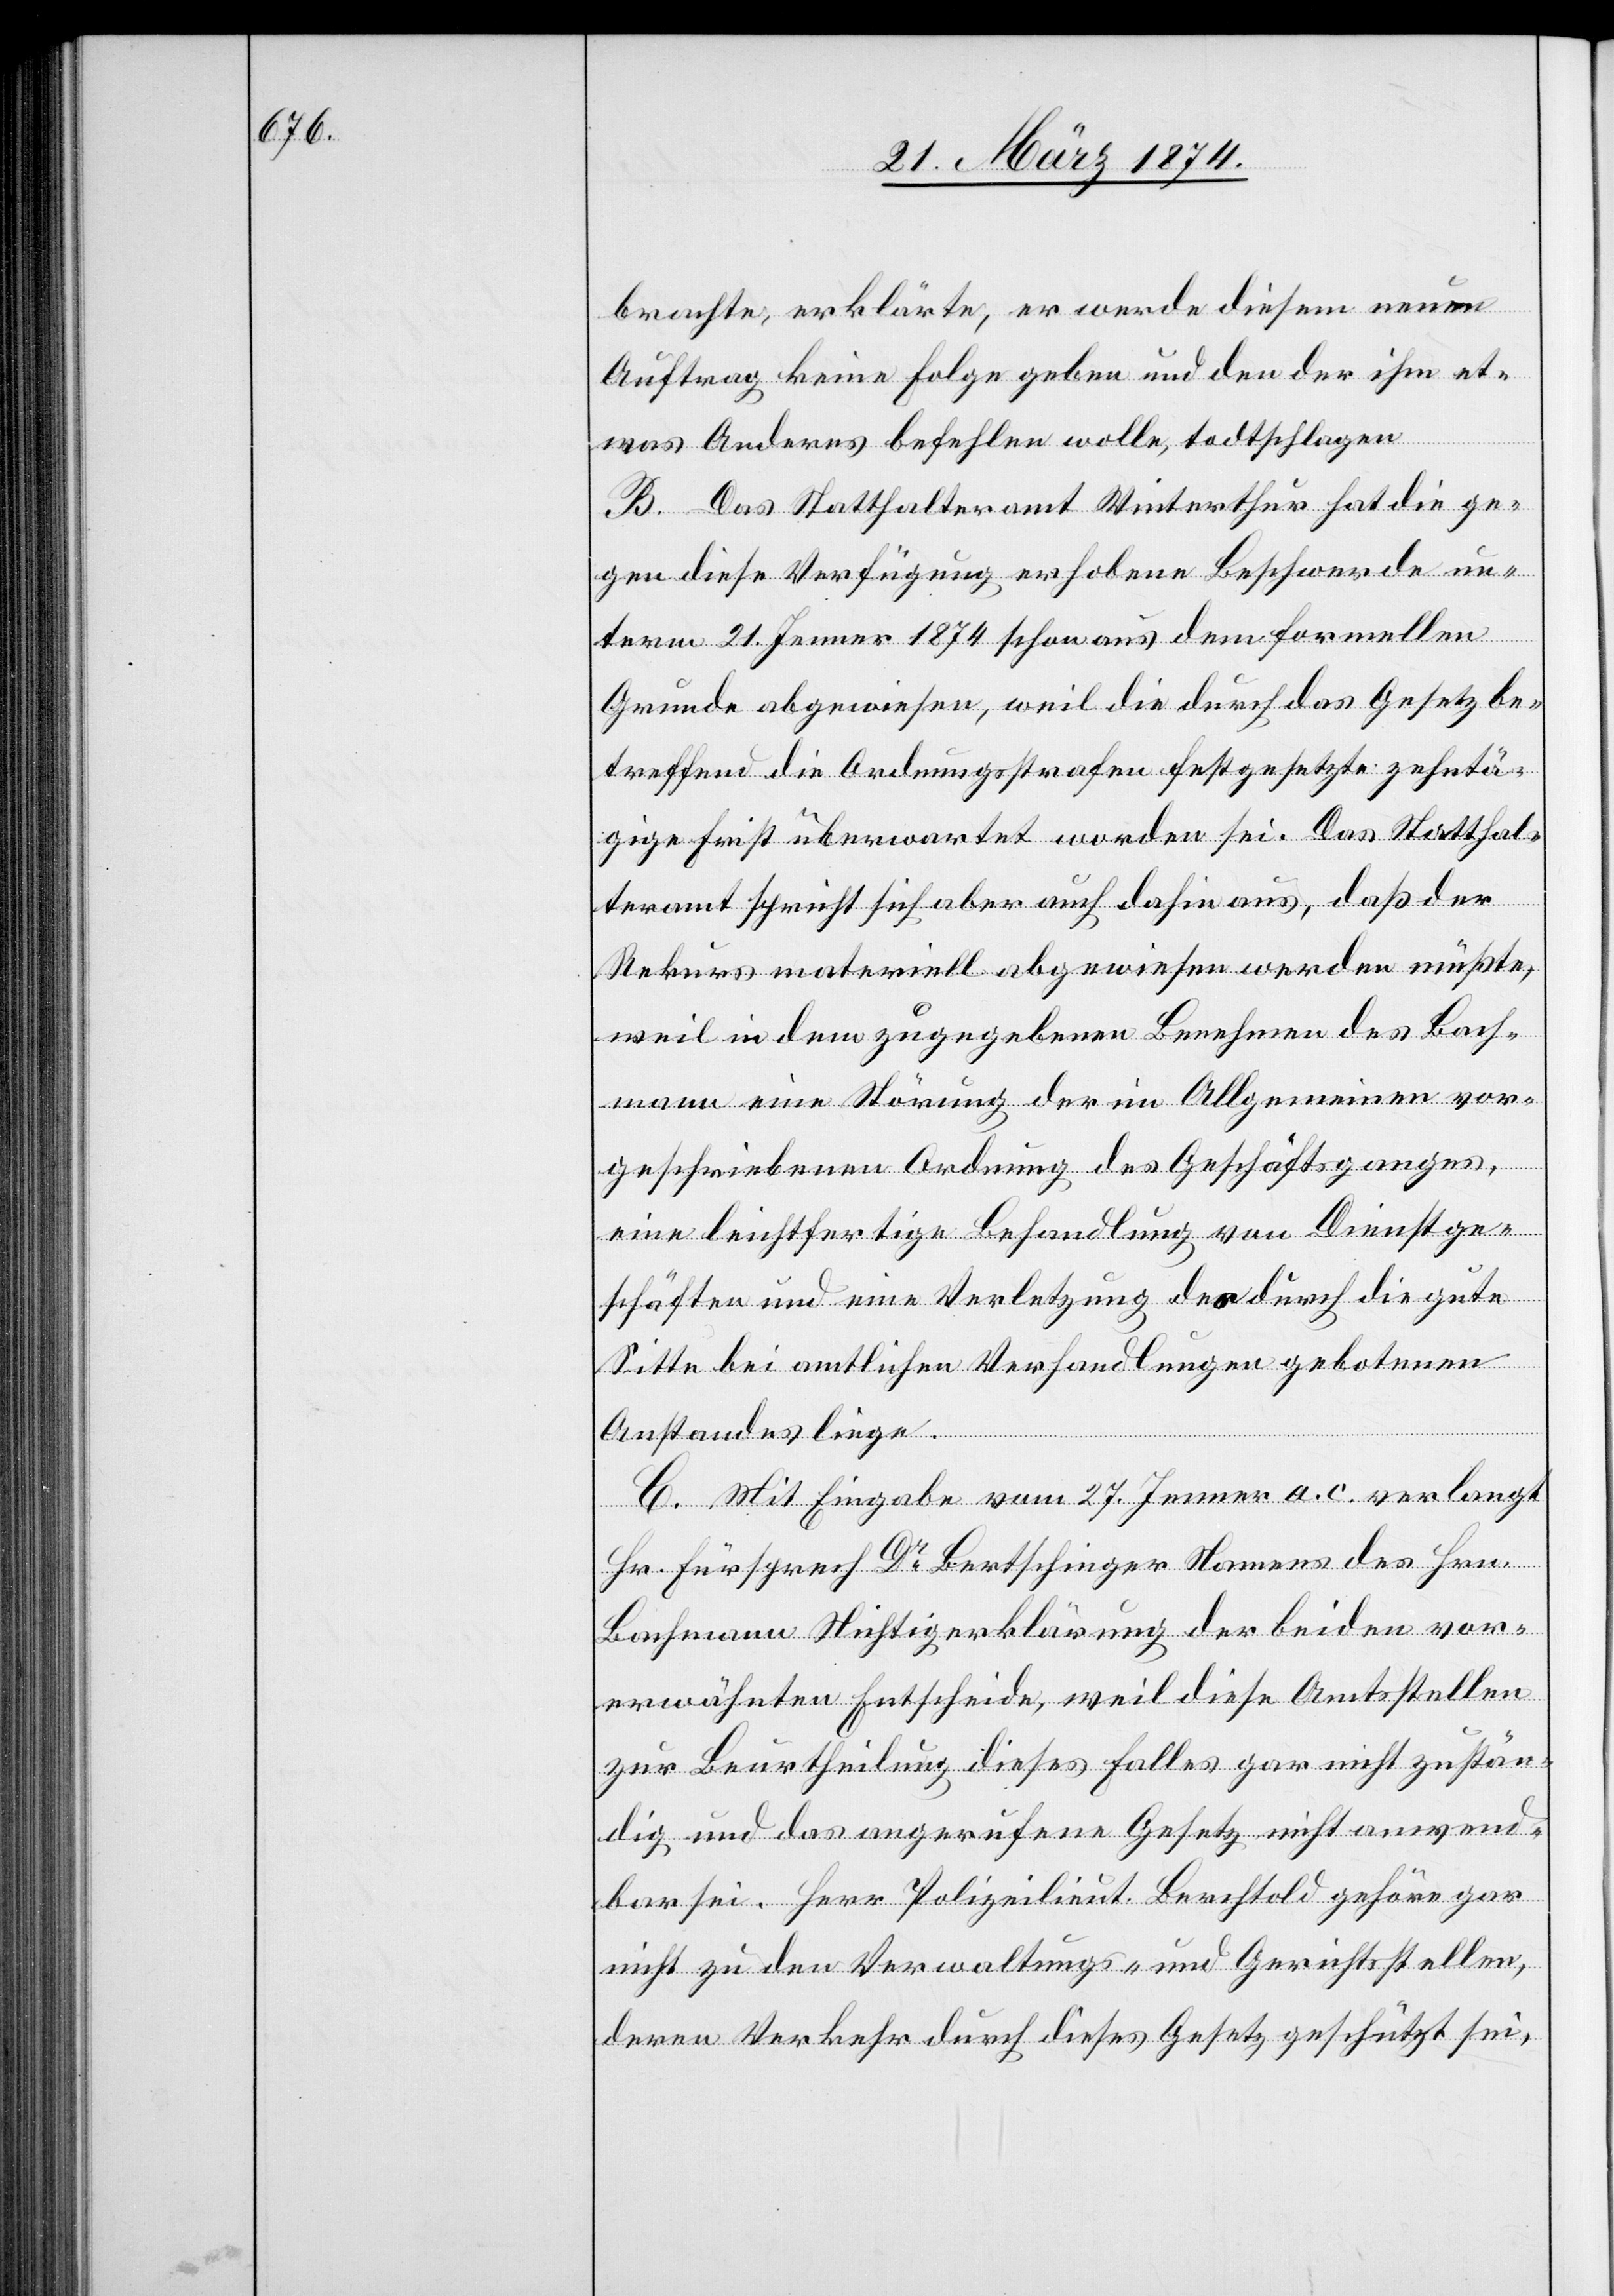
brachte, erklärte, er werde diesem neuen
Auftrag keine Folge geben und den der ihm et¬
was Anderes befehlen wolle, todtschlagen.
B. Das Statthalteramt Winterthur hat die ge¬
gen diese Verfügung erhobene Beschwerde un¬
term 21. Jenner 1874 schon aus dem formellen
Grunde abgewiesen, weil die durch das Gesetz be¬
treffend die Ordnungsstrafen festgesetzte zehntä¬
gige Frist überwartet worden sei. Das Statthal¬
teramt spricht sich aber auch dahin aus, daß der
Rekurs materiell abgewiesen werden müßte,
weil in dem zugegebenen Benehmen des Bach¬
mann eine Störung der im Allgemeinen vor¬
geschriebenen Ordnung des Geschäftsganges
eine leichtfertige Behandlung von Dienstge¬
schäften und eine Verletzung des durch die gute
Sitte bei amtlichen Verhandlungen gebotenen
Anstandes liege.
C. Mit Eingabe vom 27. Jenner a. c. verlangt
Hr. Fürsprech Dr Bertschinger Namens des Hrn.
Bachmann Nichtigerklärung der beiden vor¬
erwähnten Entscheide, weil diese Amtsstellen
zur Beurtheilung dieses Falles gar nicht zustän¬
dig und das angerufene Gesetz nicht anwend¬
bar sei. Herr Polizeilieut. Berchtold gehöre gar
nicht zu den Verwaltungs- und Gerichtsstellen,
deren Verkehr durch dieses Gesetz geschützt sei,